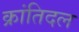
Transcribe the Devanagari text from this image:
क्रांतिदल